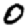
Digit: 0